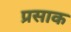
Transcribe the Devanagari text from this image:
प्रसाक